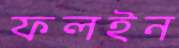
ফলইন